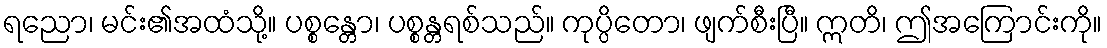
ရညော၊ မင်း၏အထံသို့။ ပစ္စန္တော၊ ပစ္စန္တရစ်သည်။ ကုပ္ပိတော၊ ဖျက်စီးပြီ။ ဣတိ၊ ဤအကြောင်းကို။